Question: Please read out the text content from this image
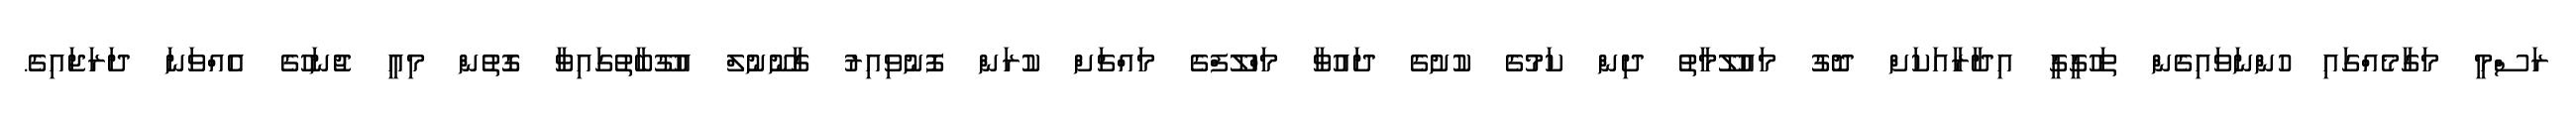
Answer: ރަސްމީ މަގާމެއްގައި ހުންނަވައިގެން ތަހުގީގީ އިދާރާއަކަށް ދޮގު މައުލޫމާތު ދިން ކަމުގެ ކުށުގެ ދައުވާ މަހްލޫފްގެ މައްޗަށް ކުރަން ފޮނުވިއިރު ގާނޫނުލް އުގޫބާތުގައިވާ ގޮތުން މިއީ ޖުނަހުގެ އެއްވަނަ ދަރަޖައިގެ.